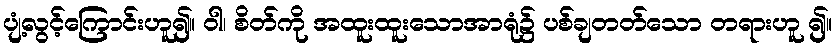
ပျံ့လွင့်ကြောင်းဟူ၍။ ဝါ၊ စိတ်ကို အထူးထူးသောအာရုံ၌ ပစ်ချတတ်သော တရားဟူ ၍။